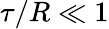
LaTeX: \tau/R\ll 1